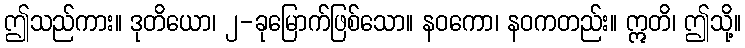
ဤသည်ကား။ ဒုတိယော၊ ၂-ခုမြောက်ဖြစ်သော။ နဝကော၊ နဝကတည်း။ ဣတိ၊ ဤသို့။